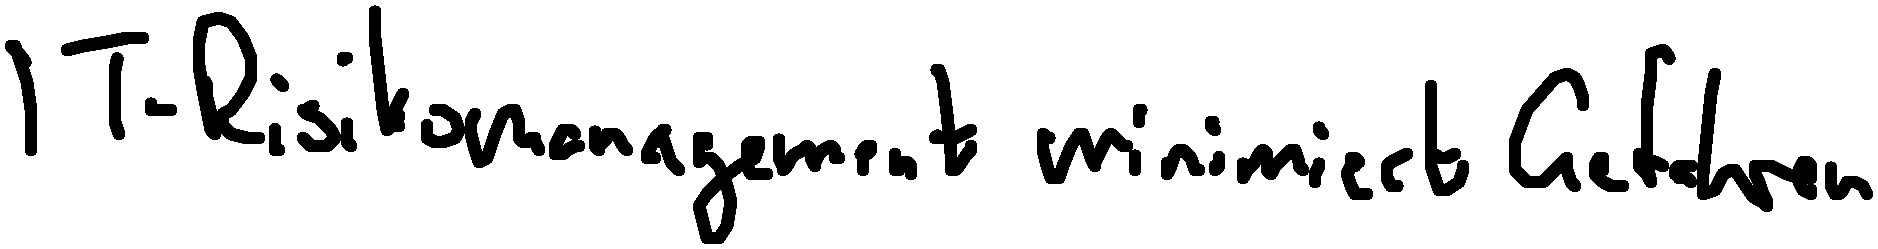
IT-Risikomanagement minimiert Gefahren.